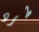
طرد